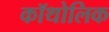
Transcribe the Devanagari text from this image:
कॉथोलिक